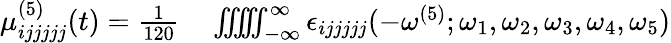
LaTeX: \begin{array}{rl}{\mu_{ijjjjj}^{(5)}(t)=\frac{1}{120}}&{{}\iiint\! \! \! \iint_{-\infty}^{\infty}\epsilon_{ijjjjj}(-\omega^{(5)};\omega_{1},\omega_{2},\omega_{3},\omega_{4},\omega_{5})}\end{array}